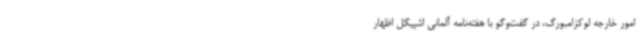
امور خارجه لوکزامبورگ، در گفت‌وگو با هفته‌نامه آلمانی اشپیگل اظهار